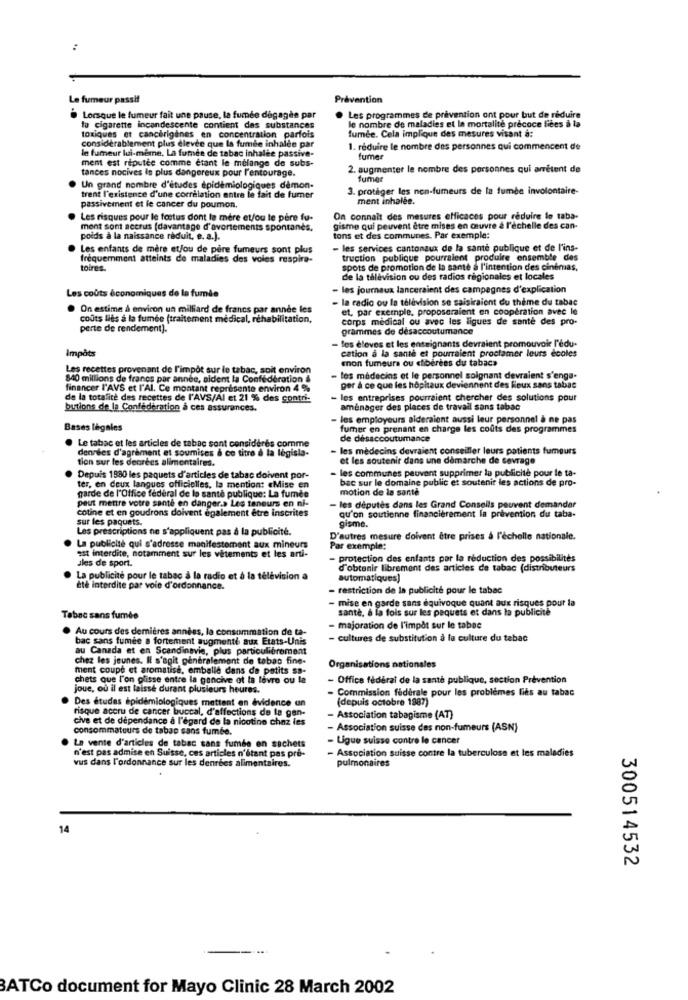
:
Le fumeur passif
Prévention
Lorsque le fumeur fait une pause, la fumée degagee par
Les programmes de prévention ont pour but de rilduire
le nombre de maladies et la mortalité précoce liées à la
lo cigarette incandescente contient des substances
toxiques et cancerigines en concentration parfois
fumée. Cela implique des mesures visant a:
considérablement plus elevee que la fumée inhalee par
1. réduire le nombre des personnes qui commencent de
ment est réputée comme étant le mélange de subs-
le fumeur lui-même, La fumée de tabac inhalee passive-
fumer
tances nocives is plus dangereux pour l'entourage.
2. augmenter le nombre des personnes qui arrêtent de
fumer
Un grand nombre d'études épidémiologiques démon-
3. protéger les non-fumeurs de la fumée involontaire-
trent l'existence d'une correlation entre le fait de fumer
ment inhalee.
passivement et le cancer du poumon.
Les risques pour le festus dont la mère et/ou le père fu-
On connaît des mesures efficaces pour réduire le taba-
ment som accrus (davantage d'avortements spontanes.
gisme qui peuvent être mises en œuvre a l'échelle des can-
poids à la naissance réduit, e. a.).
tons et des communes. Par exemple:
Les enfants de mère et/ou de père fumeurs sont plus
- les services cantonaux de la santé publique et de l'ins-
fréquemment atteints de maladies des voles respira-
truction publique pourraient produire ensemble des
toires.
spots de promotion de la santé à l'intention des cinémas,
de la télévision ou des radios regionales et locales
Les coûts économiques de la fumée
- les journaux lanceraient des campagnes d'explication
- la radio ou la télévision se saisiraient du thème du tabac
On estime & environ un milliard de francs par année les
et, par exemple, proposeraient en coopération avec le
coûts liés à la fumée (traitement medical, réhabilitation,
corps medical ou avec les ligues de sante des pro-
perte de rendement).
grammes de desaccoutumance
les eleves et les enseignants devraient promouvoir l'edu.
Impôts
cation a la sante et pourraient proclamer leurs ecoles
«non fumeurs ou ciberens du tabac»
Les recettes provenant de l'impôt sur le tabac, soit environ
840 millions de francs par année, aldent la Confédération &
les médecins et le personnel soignant devraient s'enga-
financer l'AVS et l'Al. Ce montant représente environ 4 %
per a ce que les hôpitaux deviennent des Feux sans tabac
de la totalité des recettes de l'AVS/Al et 21 % des contri-
- les entreprises pourraient chercher des solutions pour
butions de la Confederation a ces assurances.
aménager des places de travail sans tabac
- les employeurs aideraient aussi leur personnel à ne pas
Bases légales
fumer en prenant en charge les coûts des programmes
de désaccoutumance
Le tabac et les articles de tabac sont considérés comme
dennies d'agrément et soumises à ce titre à la legisla-
- les médecins devraient conseiller leurs patients fumeurs
tion sur les denrées alimentaires.
et les soutenir dans une demarche de sevrage
- les communes peuvent supprimer la publicité pour le ta-
Depuis 1980 les paquets d'articles de tabac doivent por-
bac sur le domaine public et soutenir les actions de pro-
ter, en deux langues officielles, la mention: «Mise en
motion de la santé
garde de l'Office federal de la santé publique: La fumes
peut mettre votre santé en danger.> Les teneurs en ni-
cotine et en goudrons doivent également être inscrites
les deputes dans les Grand Conseils peuvent demander
es paquets.
qu'on soutienne financièrement la prevention du taba-
Les prescriptions ne s'appliquent pas à la publicité.
gisme.
D'autres mesure doivent être prises à l'échelle nationale.
est interdite, notamment sur les vêtements et les arti-
La publicité qui s'adresse manifestement aux mineurs
Par exemple:
ales de sport.
- protection des enfants por la réduction des possibilités
d'obtenir librement des articles de tabac (distributeurs
La publicité pour le tabac à la radio et à la télévision a
automatiques)
eté interdite par voie d'ordonnance.
- restriction de la publicité pour le tabac
- mise en garde sans équivoque quant aux risques pour la
sante, à la fois sur les paquets et dans la publicite
Tabac sans fumée
Au cours des dernières années, la consommation de ta-
- majoration de l'impôt sur le tabae
bac sans fumée a fortement augmenté aux Etats-unis
- cultures de substitution à la culture du tabac
au Canada et en Scandinavie, plus particulièrement
chez les jeunes. Il s'agit généralement de tebas fine-
ment coupe et aromatise, emballe dans de petits sa-
Organisations nationales
chets que l'on plisse entre la goncive ot la levre ou la
- Office fédéral de la santé publique, section Prévention
joue, où il est laisse durant plusieurs heures.
Commission federale pour les problèmes lies au tabac
Des études épidémiologiques mettent en évidence un
(depuis octobre 1987)
risque accru de cancer buccal, d'affections de la gan-
cive et de dépendance a l'égard de la nicotine chez les
- Association tabagisme (AT)
consommateurs de tabac sans fumée.
- Association suisse des non-fumeurs (ASN)
- Ligue suisse contre le cancer
n'est pas admise en Suisse, ces articles n'étant pas pre-
La vente d'articles de tabac sans fumée en sachets
- Association suisse contre la tuberculose et les maladies
vus dans l'ordonnance sur les denrées alimentaires.
pulmonaires
14
300514532
----
BATCo document for Mayo Clinic 28 March 2002